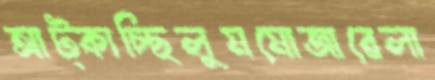
আট্‌কাচ্ছিলুমমোজারেলা